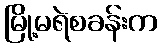
မြို့မရဲစခန်းက